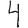
Digit: 4